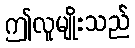
ဤလူမျိုးသည်